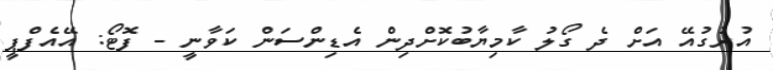
އުރުގުއޭ އަށް ދެ ގޯލު ކާމިޔާބުކޮށްދިން އެޑިންސަން ކަވާނީ - ފޮޓޯ: އޭއެފްޕީ